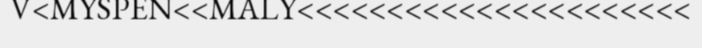
V<MYSPEN<<MALY<<<<<<<<<<<<<<<<<<<<<<